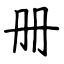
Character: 册